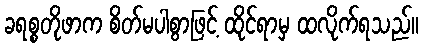
ခရစ္စတိုဖာက စိတ်မပါစွာဖြင့် ထိုင်ရာမှ ထလိုက်ရသည်။